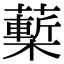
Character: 𧀵